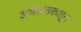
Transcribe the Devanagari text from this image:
अर्धशतकाहून